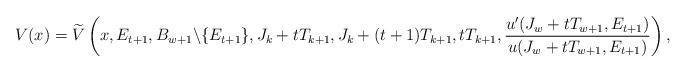
LaTeX: \begin{align*} V(x)= \widetilde V\left(x,E_{t+1}, B_{w+1}\backslash \{E_{t+1}\},J_k+tT_{k+1},J_k+(t+1)T_{k+1}, tT_{k+1},\frac{u^\prime(J_w+tT_{w+1},E_{t+1})}{u(J_w+tT_{w+1},E_{t+1})}\right), \end{align*}